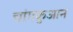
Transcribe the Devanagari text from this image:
चांगकुआन